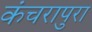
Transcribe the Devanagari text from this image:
कंचरापुरा